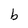
Character: b